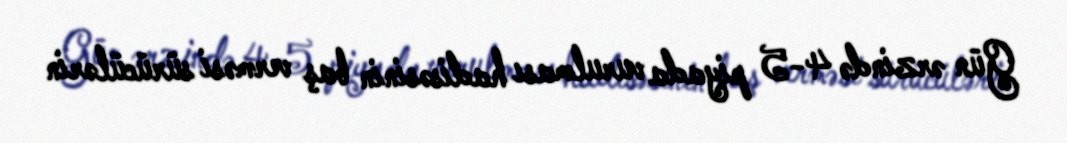
Gün ərzində 4-5 piyada vurulması hadisəsinin baş verməsi sürücülərin